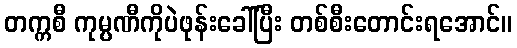
တက္ကစီ ကုမ္ပဏီကိုပဲဖုန်းခေါ်ပြီး တစ်စီးတောင်းရအောင်။